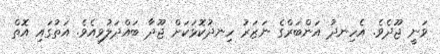
ވަނީ ޖޫދެވެ. އެހިނދު އަންބަރްގެ ނަޒަރު ހިނދުކޮޅަކަށް ޖޫދާ ބައްދަލުވިއެވެ. އަތުގައި އޮތް